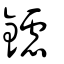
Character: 鑢